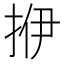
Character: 𰓡